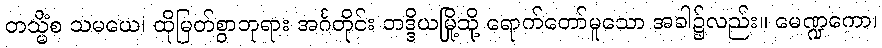
တသ္မိံစ သမယေ၊ ထိုမြတ်စွာဘုရား အင်္ဂတိုင်း ဘဒ္ဒိယမြို့သို့ ရောက်တော်မူသော အခါ၌လည်း။ မေဏ္ဍကော၊